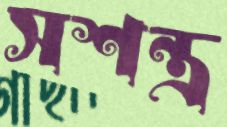
সশন্ত্র